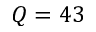
Q = 4 3